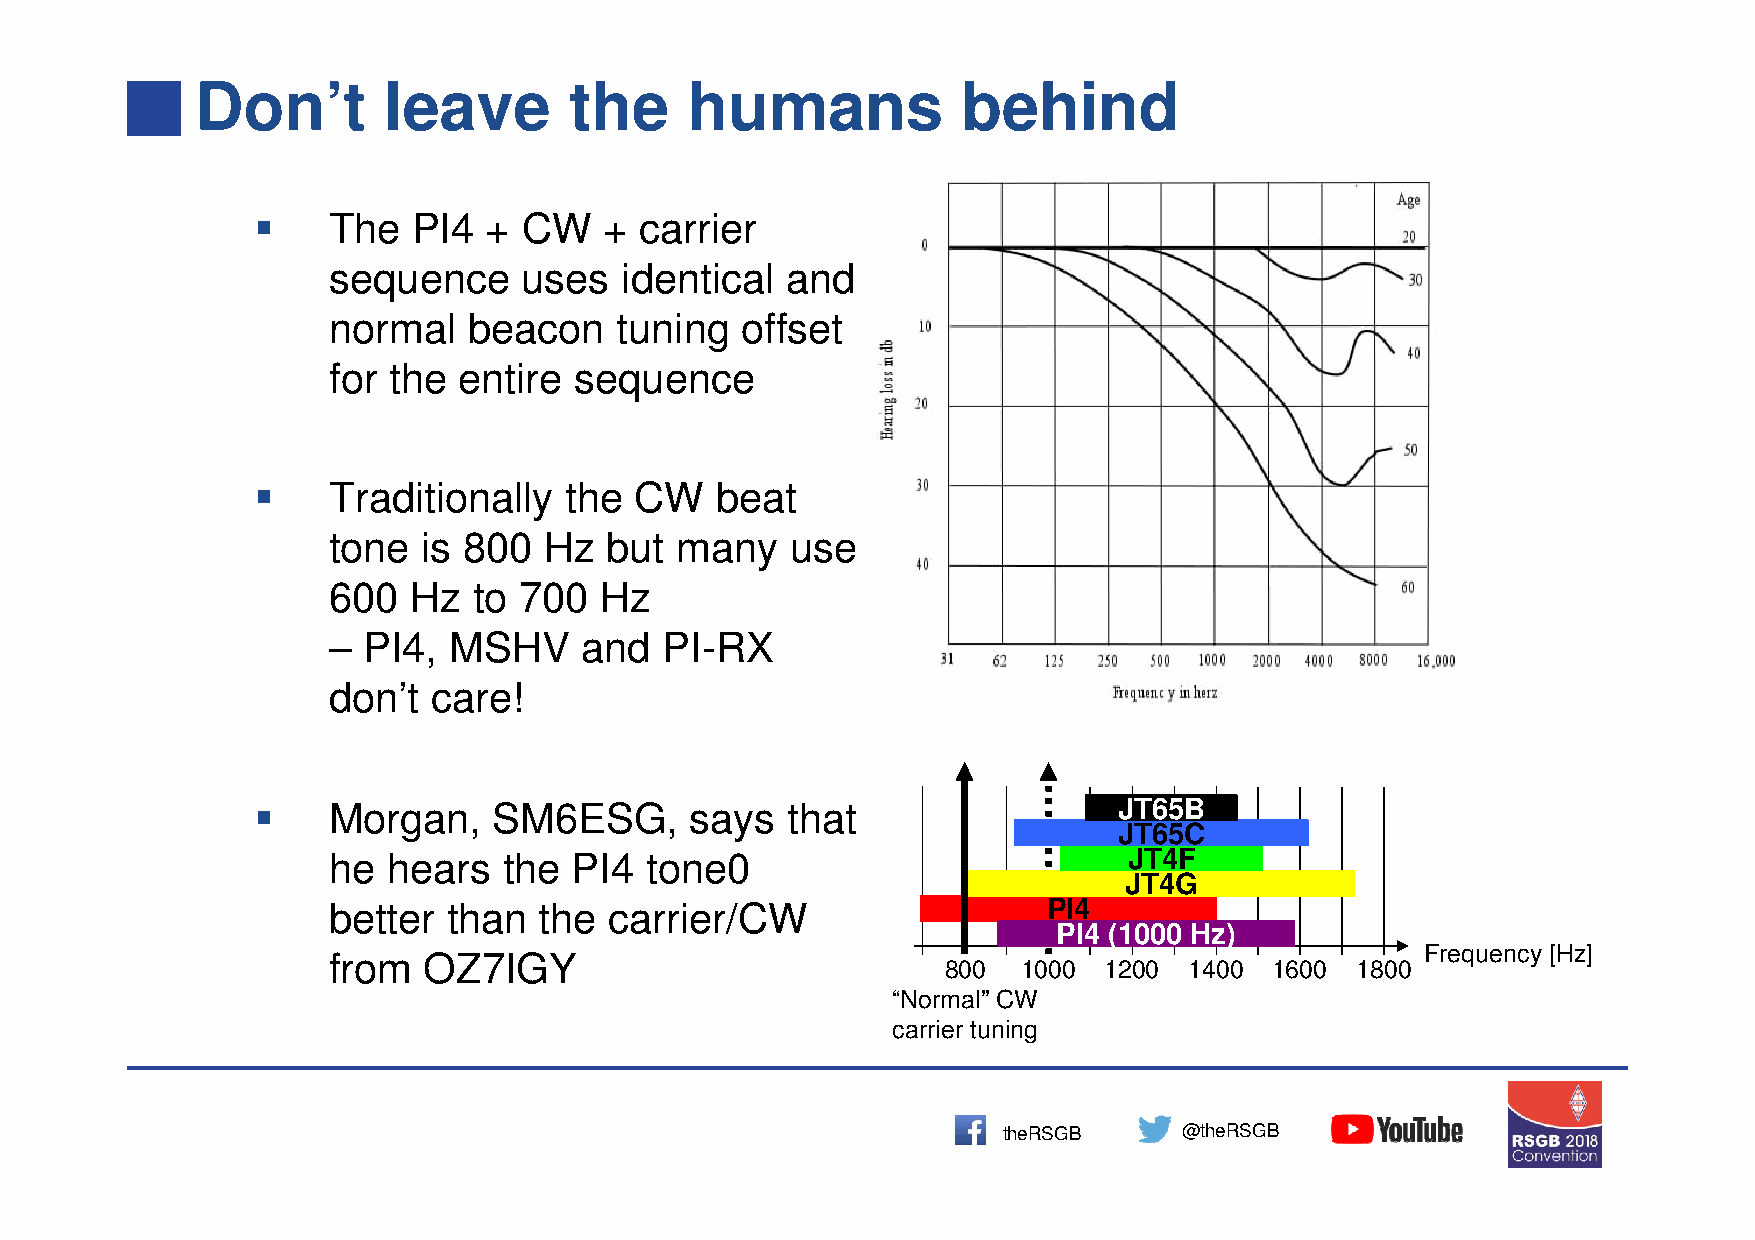
Don’t       leave        the    humans             behind
 
 The  PI4  +  CW   + carrier
 sequence     uses  identical  and
 normal   beacon    tuning  offset
 for the entire  sequence
 
 Traditionally  the  CW   beat
 tone  is 800  Hz  but  many   use
 600  Hz  to 700   Hz
 – PI4,  MSHV    and   PI-RX
 don’t  care!
     Morgan,    SM6ESG,      says  that                  JT65B
 JT65C
 he  hears  the  PI4  tone0                           JT4F
 JT4G
 better  than  the carrier/CW                   PI4
 PI4 (1000 Hz)
 Frequency [Hz]
 from  OZ7IGY
 800  1000 1200  1400 1600  1800
 “Normal” CW
 carrier tuning
 theRSGB     @theRSGB